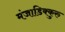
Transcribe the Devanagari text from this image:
मंजाडिक्कुरु